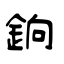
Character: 銄